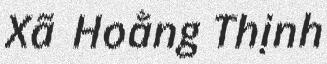
Xã Hoằng Thịnh